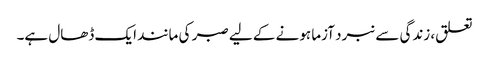
تعلق، زندگی سے نبرد آزما ہونے کے لیے صبر کی مانند ایک ڈھال ہے۔